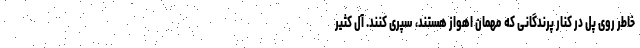
خاطر روی پل در کنار پرندگانی که مهمان اهواز هستند، سپری کنند. آل کثیر